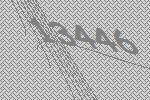
13446